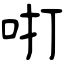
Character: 咑